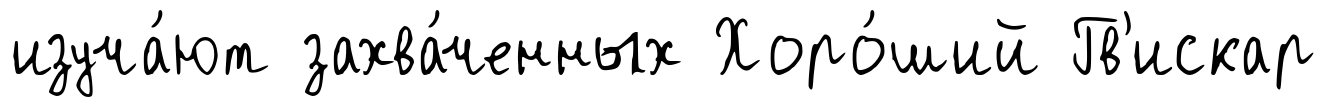
изуча́ют захва́ченных Хоро́ший Гв'искар